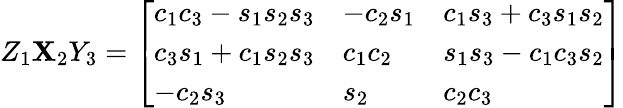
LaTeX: Z_{1}\mathbf{X}_{2}Y_{3}={\left[\begin{array}{lll}{c_{1}c_{3}-s_{1}s_{2}s_{3}}&{-c_{2}s_{1}}&{c_{1}s_{3}+c_{3}s_{1}s_{2}}\\ {c_{3}s_{1}+c_{1}s_{2}s_{3}}&{c_{1}c_{2}}&{s_{1}s_{3}-c_{1}c_{3}s_{2}}\\ {-c_{2}s_{3}}&{s_{2}}&{c_{2}c_{3}}\end{array}\right]}